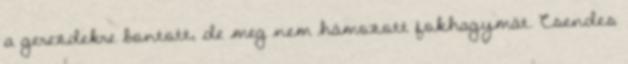
a gerezdekre bontott, de meg nem hámozott fokhagymát. Csendes